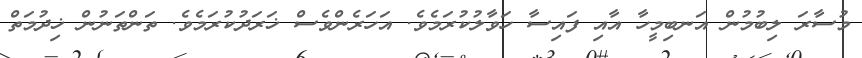
މުސާރަ ލިބުމުން އަނބިމީހާ އާއި ފައިސާ ހަވާލުކުރަމެވެ. އަހަރެންވެސް ޚަރަދުކުރަމެވެ. ތަންތަނުން ޚިދުމަތް